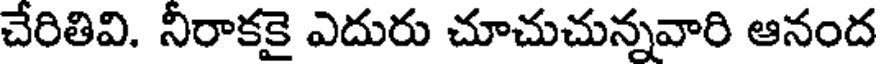
చేరితివి. నీరాకకై ఎదురు చూచుచున్నవారి ఆనంద